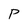
Character: P